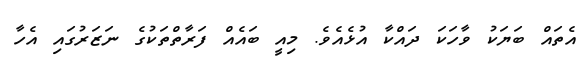
އެތައް ބަޔަކު ވާހަކަ ދައްކާ އުޅެއެވެ. މިއީ ބައެއް ފަރާތްތަކުގެ ނަޒަރުގައި އެހާ